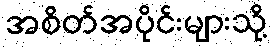
အစိတ်အပိုင်းများသို့